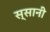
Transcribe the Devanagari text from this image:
स्सानी